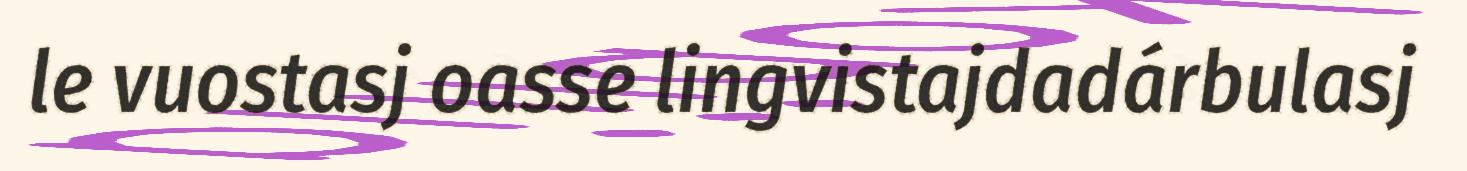
le vuostasj oasse lingvistajdadárbulasj